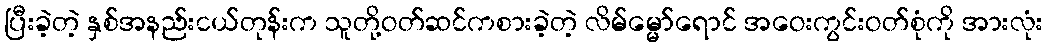
ပြီးခဲ့တဲ့ နှစ်အနည်းငယ်တုန်းက သူတို့ဝတ်ဆင်ကစားခဲ့တဲ့ လိမ်မ္မော်ရောင် အဝေးကွင်းဝတ်စုံကို အားလုံး